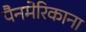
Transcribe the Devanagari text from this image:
पैनमेरिकाना